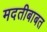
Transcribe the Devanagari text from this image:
मदतीबाबत